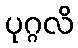
ပုဂ္ဂလိ